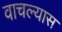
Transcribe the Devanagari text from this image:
वाचल्यास